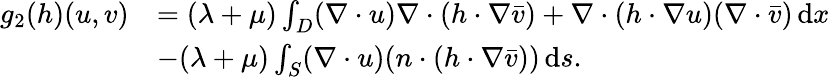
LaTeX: \begin{array}{rl}{g_{2}(h)(u,v)}&{=(\lambda+\mu)\int_{D}(\nabla\cdot u)\nabla\cdot(h\cdot\nabla\bar{v})+\nabla\cdot(h\cdot\nabla u)(\nabla\cdot\bar{v})\, \mathrm{d}x}\\ &{-(\lambda+\mu)\int_{S}(\nabla\cdot u)(n\cdot(h\cdot\nabla\bar{v}))\, \mathrm{d}s.}\end{array}